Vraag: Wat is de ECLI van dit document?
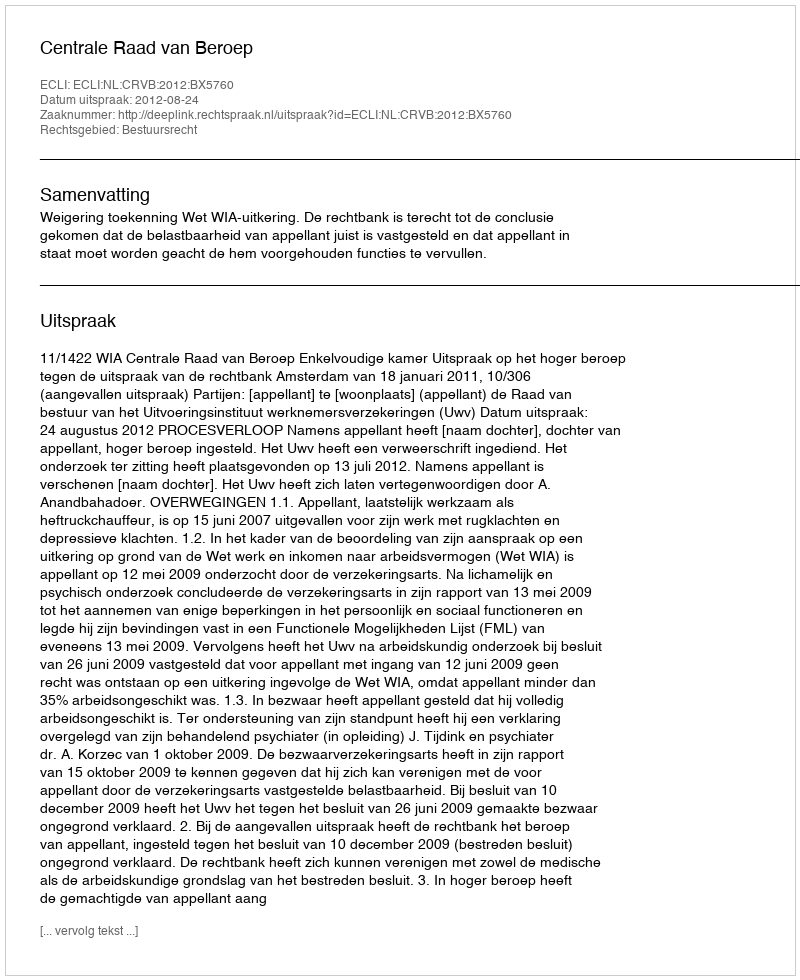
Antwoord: ECLI:NL:CRVB:2012:BX5760